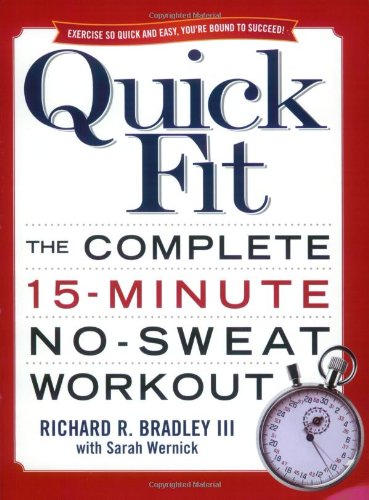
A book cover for Quick Fit: The Complete 15-Minute No-Sweat Workout; Richard Bradley; Health, Fitness & Dieting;